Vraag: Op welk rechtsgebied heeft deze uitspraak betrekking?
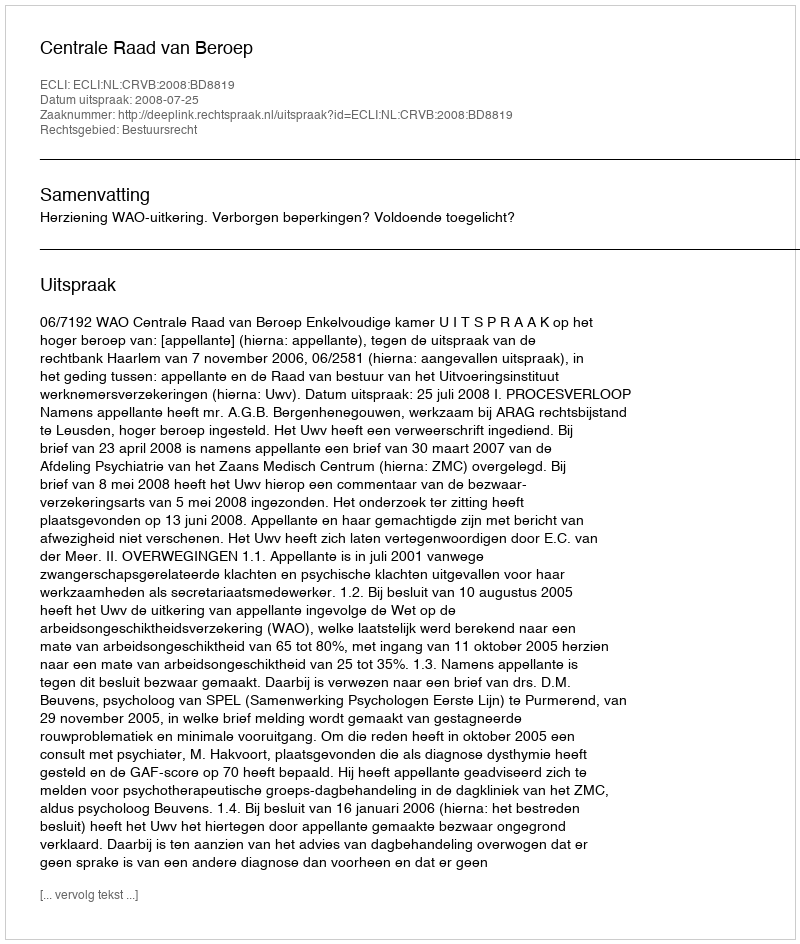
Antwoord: Bestuursrecht